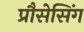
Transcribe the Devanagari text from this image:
प्रौसेसिंग